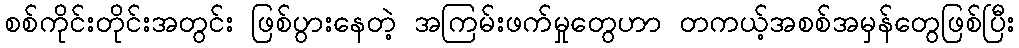
စစ်ကိုင်းတိုင်းအတွင်း ဖြစ်ပွားနေတဲ့ အကြမ်းဖက်မှုတွေဟာ တကယ့်အစစ်အမှန်တွေဖြစ်ပြီး